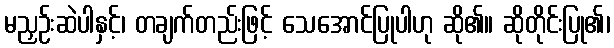
မညှဉ်းဆဲပါနှင့်၊ တချက်တည်းဖြင့် သေအောင်ပြုပါဟု ဆို၏။ ဆိုတိုင်းပြု၏၊